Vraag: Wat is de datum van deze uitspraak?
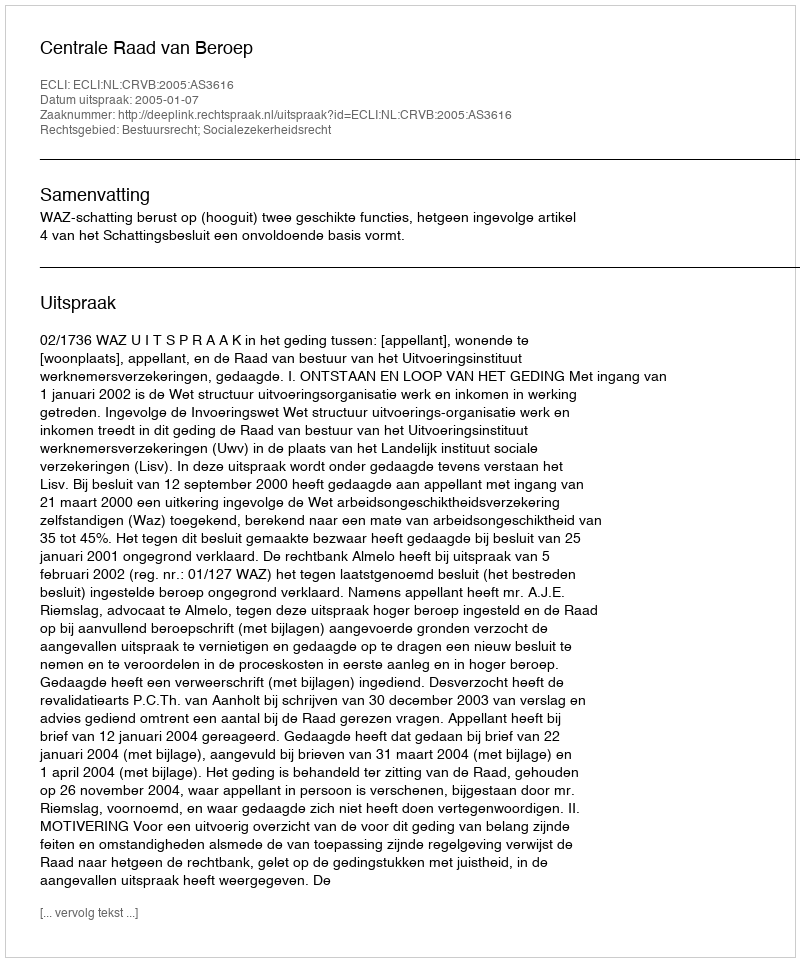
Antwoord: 2005-01-07